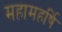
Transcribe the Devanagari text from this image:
महामहर्षि